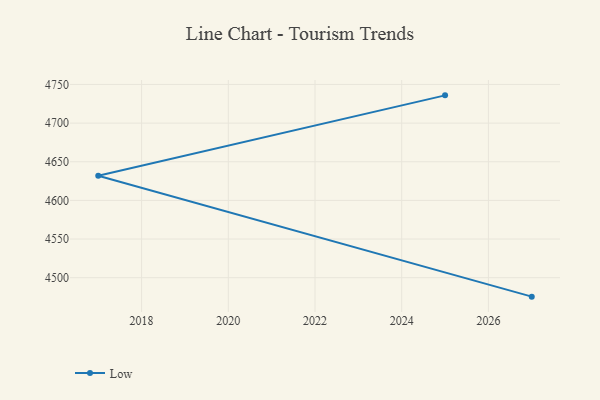
{"axis": {"x": "Year", "y": "Budget (USD K)"}, "legend": ["Low"], "data": [{"x": "2027", "y": 4475.5, "type": "Low"}, {"x": "2017", "y": 4632.0, "type": "Low"}, {"x": "2025", "y": 4735.9, "type": "Low"}]}